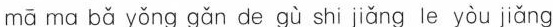
mā ma bǎ yǒng gǎn de gù shi jiǎng le yòu jiǎng